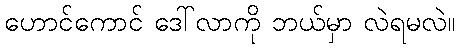
ဟောင်ကောင် ဒေါ်လာကို ဘယ်မှာ လဲရမလဲ။